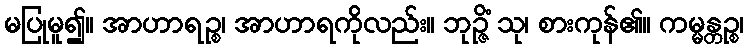
မပြုမူ၍။ အာဟာရဉ္စ၊ အာဟာရကိုလည်း။ ဘုဉ္ဇိံ သု၊ စားကုန်၏။ ကမ္မန္တဉ္စ၊